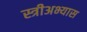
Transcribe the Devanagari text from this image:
स्त्रीअभ्यास